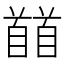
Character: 𩠬